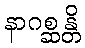
နာဂစ္ဆန္တိ